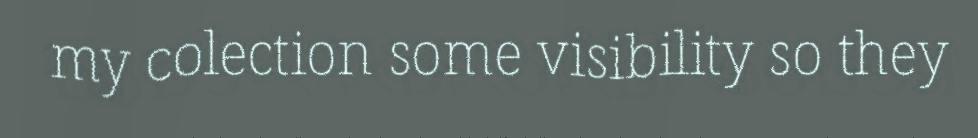
my colection some visibility so they